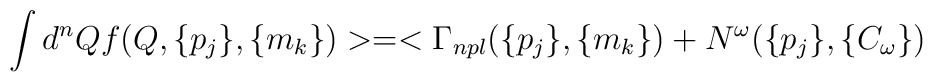
\int d^nQf(Q,\{p_j\},\{m_k\})>=<\Gamma _{npl}(\{p_j\},\{m_k\})+N^\omega(\{p_j\},\{C_\omega \})